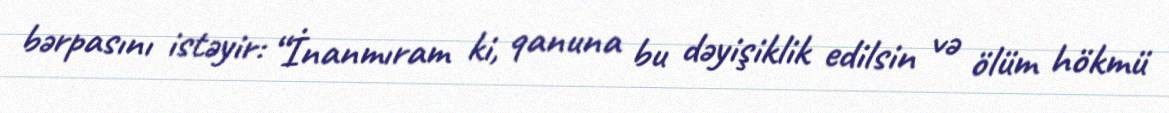
bərpasını istəyir: “İnanmıram ki, qanuna bu dəyişiklik edilsin və ölüm hökmü